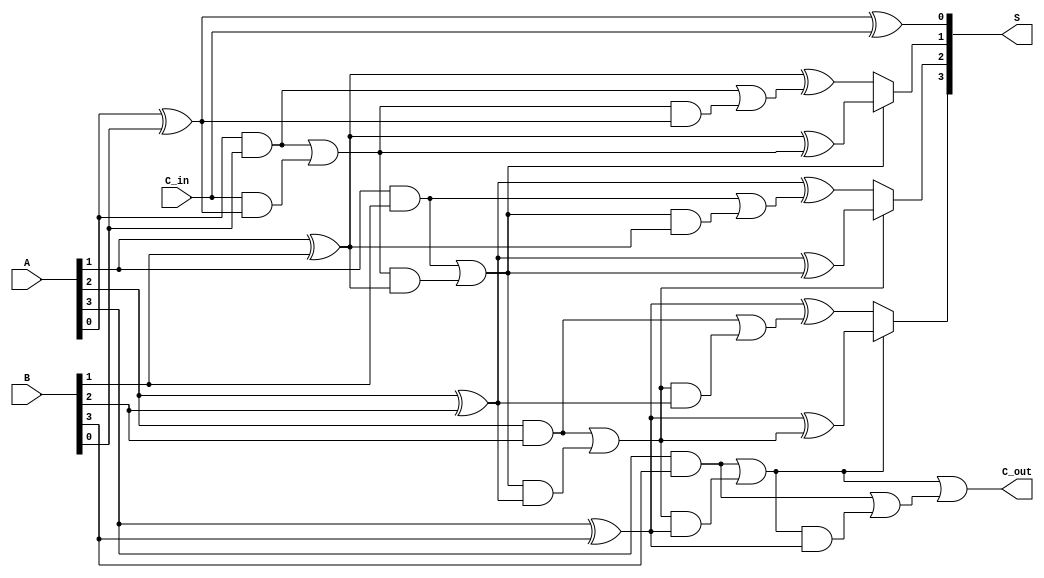
module conditional_sum_adder #(parameter n = 4) (
    input [n-1:0] A,        // First n-bit input
    input [n-1:0] B,        // Second n-bit input
    input C_in,             // Carry input
    output [n-1:0] S,       // Sum output
    output C_out            // Carry output
);
    wire [n-1:0] S0, S1;    // Partial sums
    wire [n-1:0] C0, C1;     // Carry outputs

    genvar i;

    // Generate partial sums and carries
    generate
        for (i = 0; i < n; i = i + 1) begin : CSA
            // Partial sums
            assign S0[i] = A[i] ^ B[i] ^ (i == 0 ? C_in : C0[i-1]);
            assign S1[i] = A[i] ^ B[i] ^ (i == 0 ? C_in : C1[i-1]);

            // Carry calculations
            assign C0[i] = (A[i] & B[i]) | ((i == 0 ? C_in : C0[i-1]) & (A[i] ^ B[i]));
            assign C1[i] = (A[i] & B[i]) | (C0[i] & (A[i] ^ B[i]));
        end
    endgenerate

    // Select the final sum based on carry
    generate
        for (i = 0; i < n; i = i + 1) begin : SUM_SELECTION
            assign S[i] = C0[i] ? S0[i] : S1[i];
        end
    endgenerate

    // Final carry output
    assign C_out = C0[n-1] | C1[n-1];

endmodule